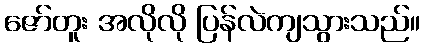
ဇော်တူး အလိုလို ပြန်လဲကျသွားသည်။